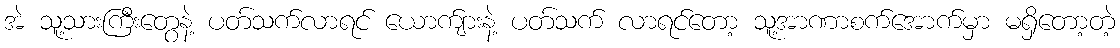
အဲ သူ့သားကြီးတွေနဲ့ ပတ်သက်လာရင် ယောက်ျားနဲ့ ပတ်သက် လာရင်တော့ သူ့အာဏာစက်အောက်မှာ မရှိတော့တဲ့